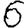
Digit: 6